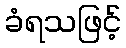
ခံရသဖြင့်